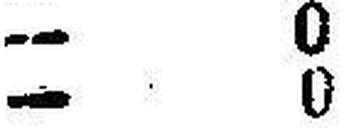
— 0